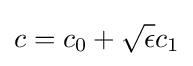
c=c_{0}+{\sqrt {\epsilon }}c_{1}